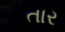
તાર